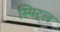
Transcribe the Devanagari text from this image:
स्पिट्ल